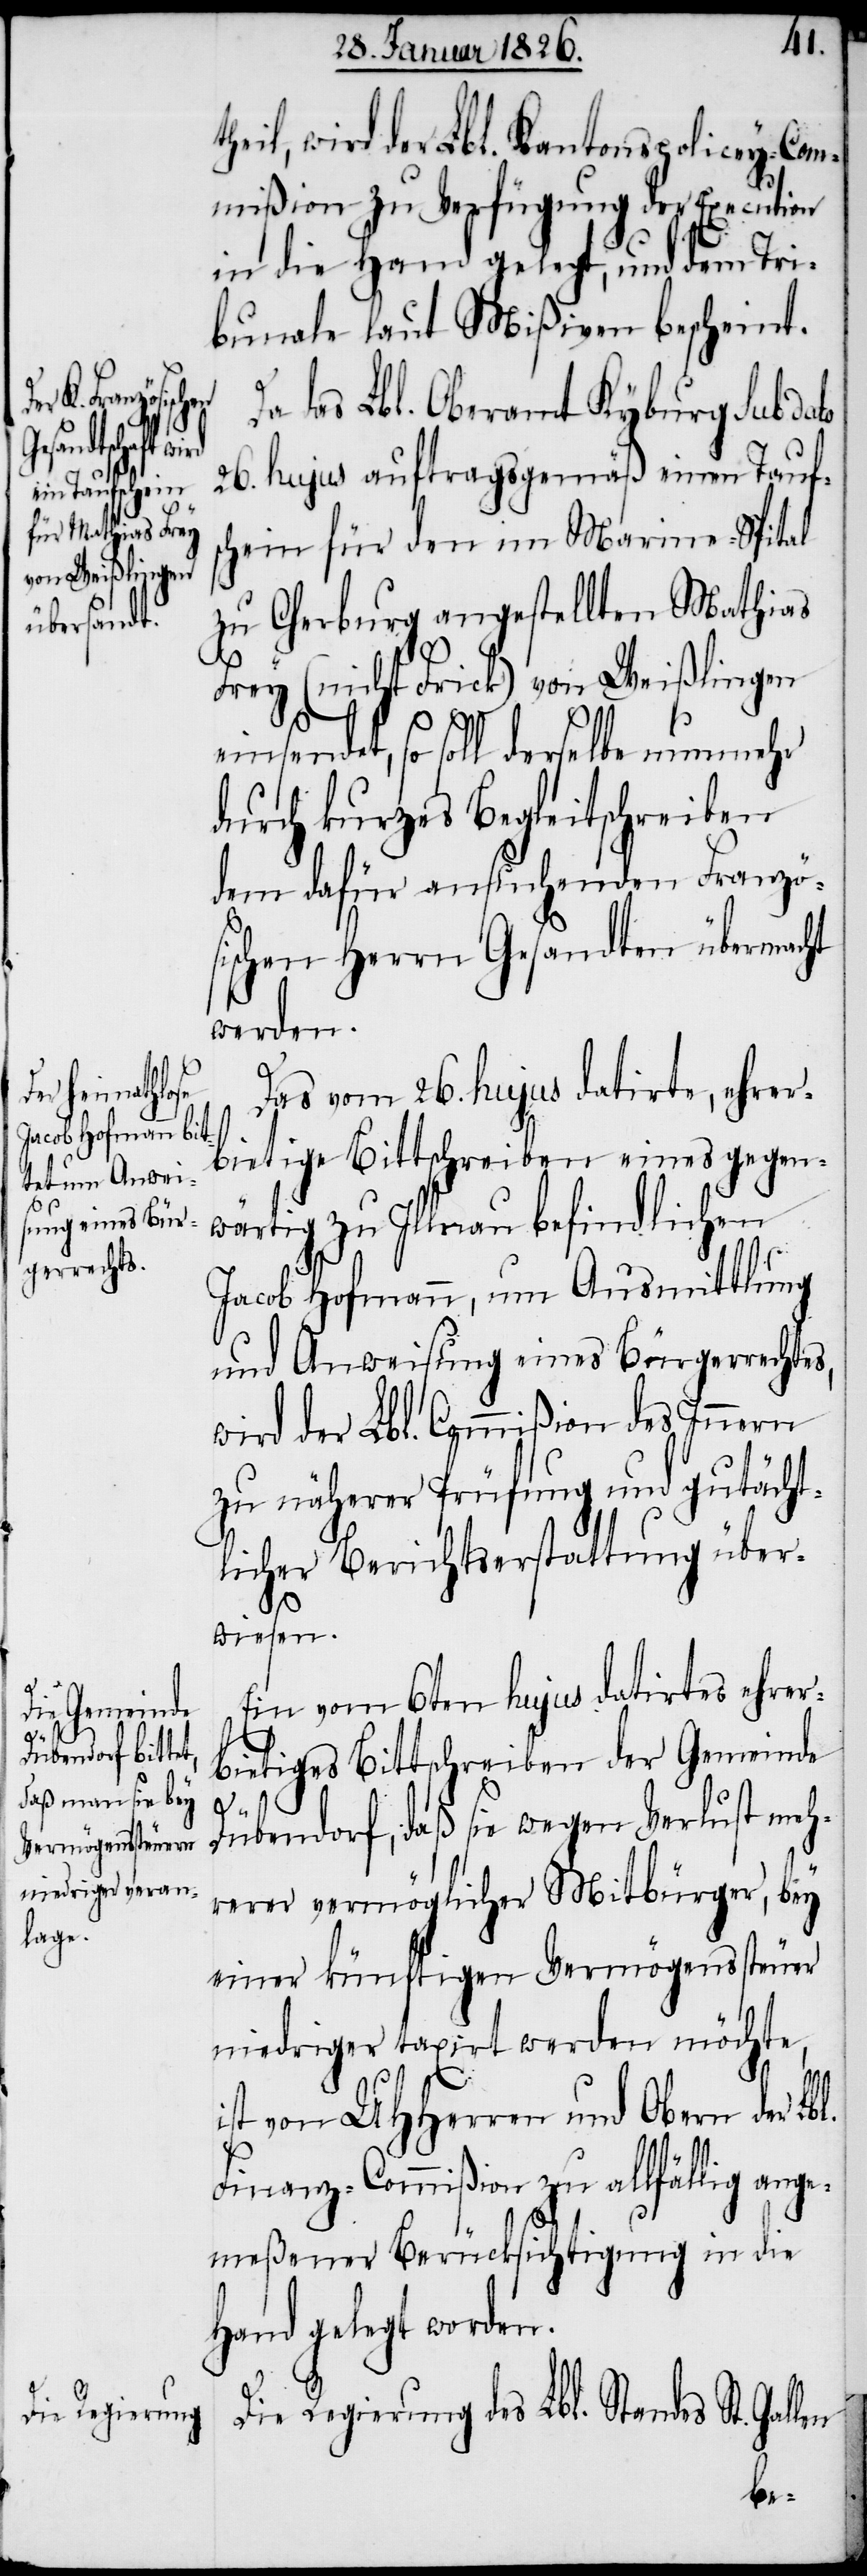
theil, wird der Lbl. Kantonspolicey-Com¬
mißion zu Verfügung der Execution
in die Hand gelegt, und dem Tri¬
bunale laut Mißiven bescheint.
das Lbl. Oberamt Kyburg sub dato
26. hujus auftragsgemäß einen Tauf¬
schein für den im Marine-Spital
zu Cherburg angestellten Mathias
Frey (nicht Frick) von Weißlingen
einsendet, so soll derselbe nunmehr
durch kurzes Begleitschreiben
dem dafür ansuchenden Französ¬
ischen Herrn Gesandten übermacht
werden.
Das vom 26. hujus datirte, ehrer¬
bietige Bittschreiben eines gegen¬
wärtig zu Illnau befindlichen
Jacob Hofmann, um Ausmittlung
und Anweisung eines Bürgerrechtes,
wird der Lbl. Commißion des Innern
zu näherer Prüfung und gutächt¬
lichen Berichtserstattung über¬
wiesen.
Ein vom 6ten hujus datirtes ehrer¬
bietiges Bittschreiben der Gemeinde
Dübendorf, daß sie wegen Verlust meh¬
rerer vermöglicher Mitbürger, bey
einer künftigen Vermögenssteuer
niedriger taxirt werden möchte,
ist von UHHerren und Obern der Lbl.
Finanz-Commißion zu allfällig ange¬
meßener Berücksichtigung in die
Hand gelegt worden.
Die Regierung des Lbl. Standes St.